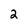
Character: 2